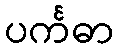
ပင်္ကဓာ